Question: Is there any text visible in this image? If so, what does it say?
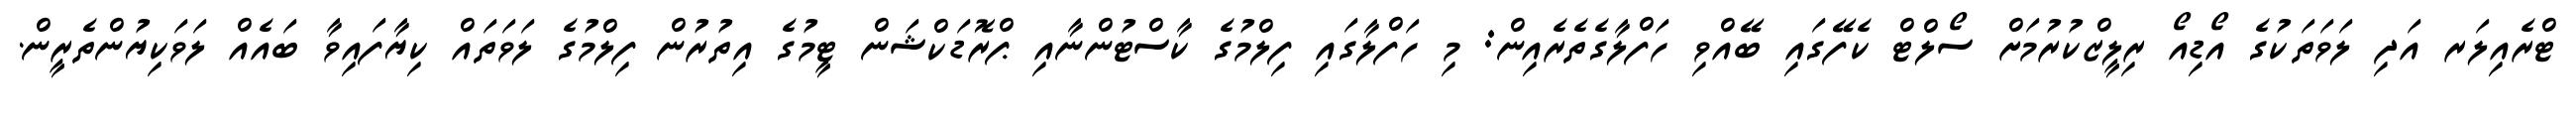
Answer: ޓްރެއިލަރ އަދި ލަވަތަކުގެ އޯޑިއޯ ރިލީޒްކުރުމަށް ސޯލްޓް ކެފޭގައި ބޭއްވި ހަފްލާގެތެރެއިން: މި ހަފްލާގައި ފިލްމުގެ ކާސްޓުންނާއި ޕްރޮޑަކްޝަން ޓީމުގެ އިތުރުން ފިލްމުގެ ލަވަތައް ކިޔާފައިވާ ބައެއް ލަވަކިޔުންތެރީން.